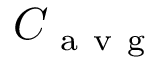
C _ { \mathrm { ~ a ~ v ~ g ~ } }